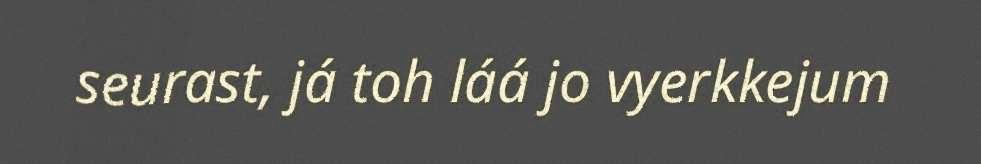
seurast, já toh láá jo vyerkkejum